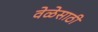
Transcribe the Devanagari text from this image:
वेळेसाठी